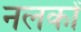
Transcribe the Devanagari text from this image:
नलकों